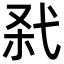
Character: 𢎊